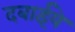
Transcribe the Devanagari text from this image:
दबाईये